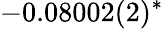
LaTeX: -0.08002(2)^{\ast}